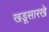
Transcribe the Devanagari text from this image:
खडूसारखे